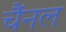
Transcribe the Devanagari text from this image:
चैंनल